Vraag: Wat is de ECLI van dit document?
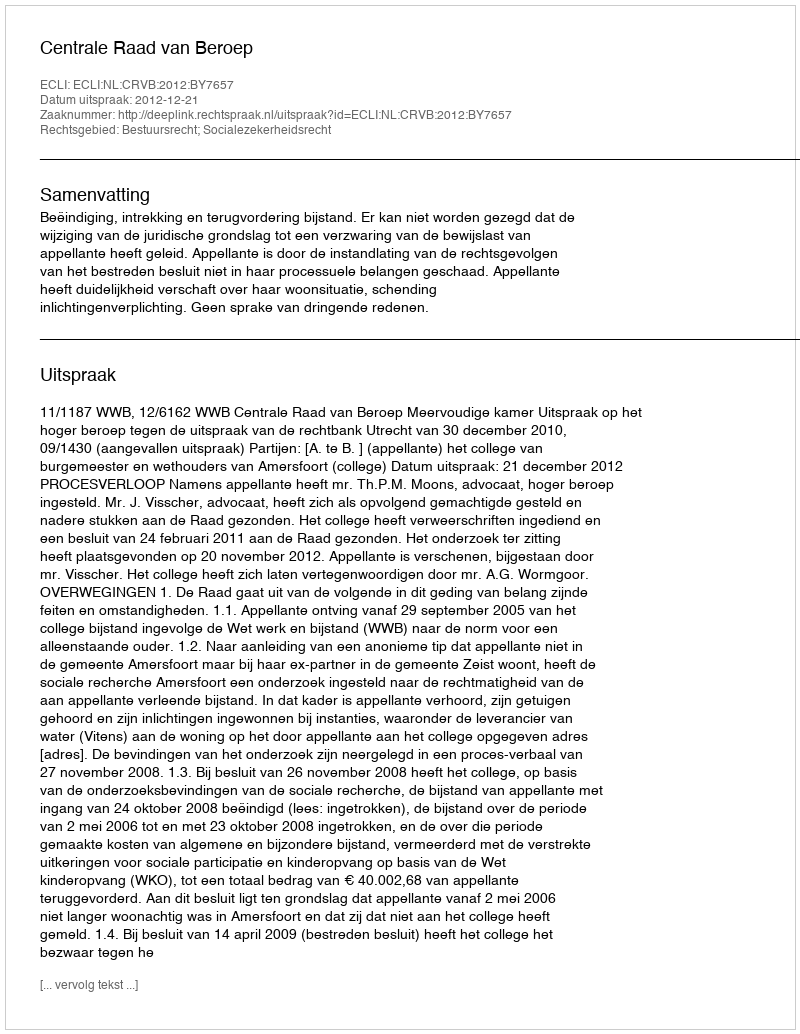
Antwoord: ECLI:NL:CRVB:2012:BY7657